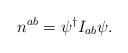
LaTeX: \begin{align*}n^{ab}=\psi ^{\dagger }I_{ab}\psi . \end{align*}